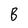
Character: B